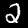
Label: 2